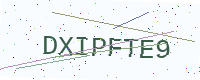
Text: DXIPFTE9